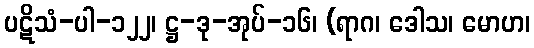
ပဋိသံ-ပါ-၁၂၂၊ ဋ္ဌ-ဒု-အုပ်-၁၆၊ (ရာဂ၊ ဒေါသ၊ မောဟ၊